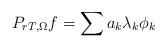
LaTeX: \begin{align*}P_{rT,\Omega }f=\sum a_{k}\lambda _{k}\phi _{k} \end{align*}